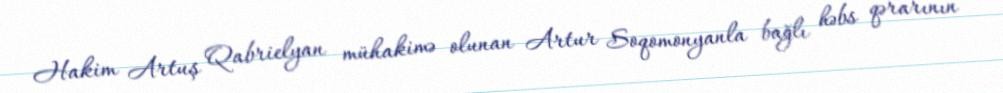
Hakim Artuş Qabrielyan mühakimə olunan Artur Soqomonyanla bağlı həbs qərarının